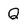
Character: Q